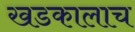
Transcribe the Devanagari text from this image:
खडकालाच